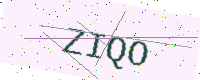
Text: ZIQO